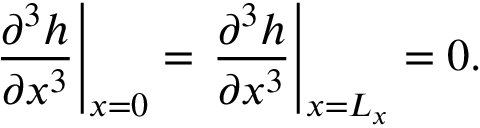
\left. \frac { \partial ^ { 3 } h } { \partial x ^ { 3 } } \right| _ { x = 0 } = \left. \frac { \partial ^ { 3 } h } { \partial x ^ { 3 } } \right| _ { x = L _ { x } } = 0 .